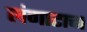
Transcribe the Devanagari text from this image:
लंगाटाचा